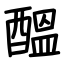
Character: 醞